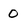
Character: 0